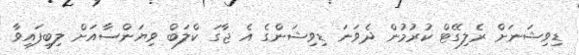
ޑިވިޝަނަށް ރެލިގޭޓް ކުރުމުން ދެވަނަ ޑިވިޝަންގެ އެ ޖާގަ ކްލަބް ވިޔަންސާއަށް ލިބިފައިވާ